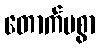
တောက်ပစွာ